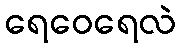
ရေဝေရေလဲ